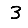
Digit: 3